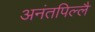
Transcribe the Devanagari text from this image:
अनंतपिल्लै